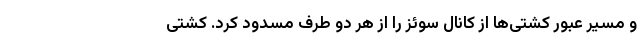
و مسیر عبور کشتی‌ها از کانال سوئز را از هر دو طرف مسدود کرد. کشتی